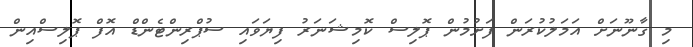
މި ގާނޫނަށް އަމަލުކުރަން ފަށުމުން ޕޮލިސް ކޮމިޝަނަރު ފިޔަވައި ސުޕްރިންޓެންޑް އޮފް ޕޮލިސްއިން